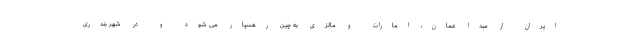
ایران از مبدا عمان، امارات و مالزی به چین رهسپار می شود و در شهر بندری